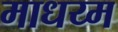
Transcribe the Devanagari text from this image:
माधय्म